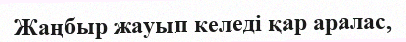
Жаңбыр жауып келедi қар аралас,